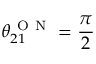
\theta _ { 2 1 } ^ { \mathrm { ~ O ~ N ~ } } = \frac { \pi } { 2 }